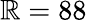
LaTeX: \mathbb{R}=88